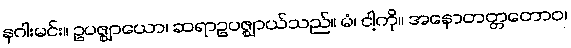
နဂါးမင်း။ ဥပဇ္ဈာယော၊ ဆရာဥပဇ္ဈာယ်သည်။ မံ၊ ငါ့ကို။ အနောတတ္တတောဝ၊